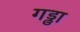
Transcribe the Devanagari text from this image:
गड्ढा़